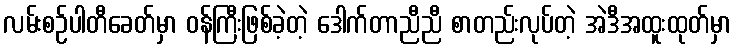
လမ်းစဉ်ပါတီခေတ်မှာ ဝန်ကြီးဖြစ်ခဲ့တဲ့ ဒေါက်တာညီညီ စာတည်းလုပ်တဲ့ အဲဒီအထူးထုတ်မှာ